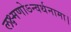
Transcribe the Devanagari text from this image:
लक्ष्मणोऽन्वर्थनामा।